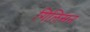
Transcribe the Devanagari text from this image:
गिलिसन